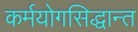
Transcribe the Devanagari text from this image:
कर्मयोगसिद्धान्त